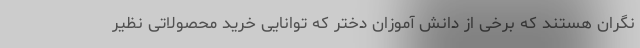
نگران هستند که برخی از دانش آموزان دختر که توانایی خرید محصولاتی نظیر